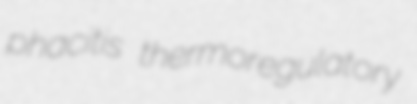
phacitis thermoregulatory